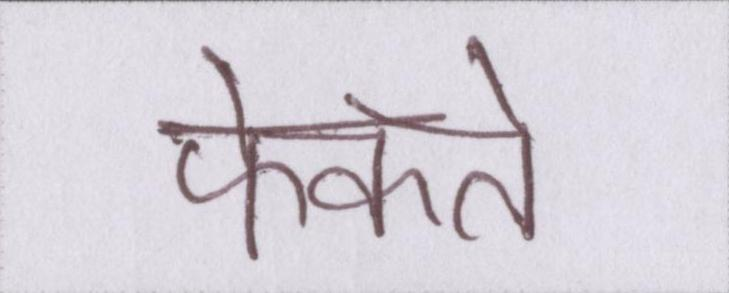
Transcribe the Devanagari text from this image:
फेंकते